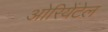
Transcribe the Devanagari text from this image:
ओरियेंटेल